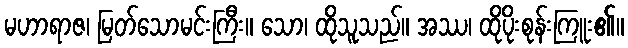
မဟာရာဇ၊ မြတ်သောမင်းကြီး။ သော၊ ထိုသူသည်။ အဿ၊ ထိုပိုးစုန်းကြူး၏။